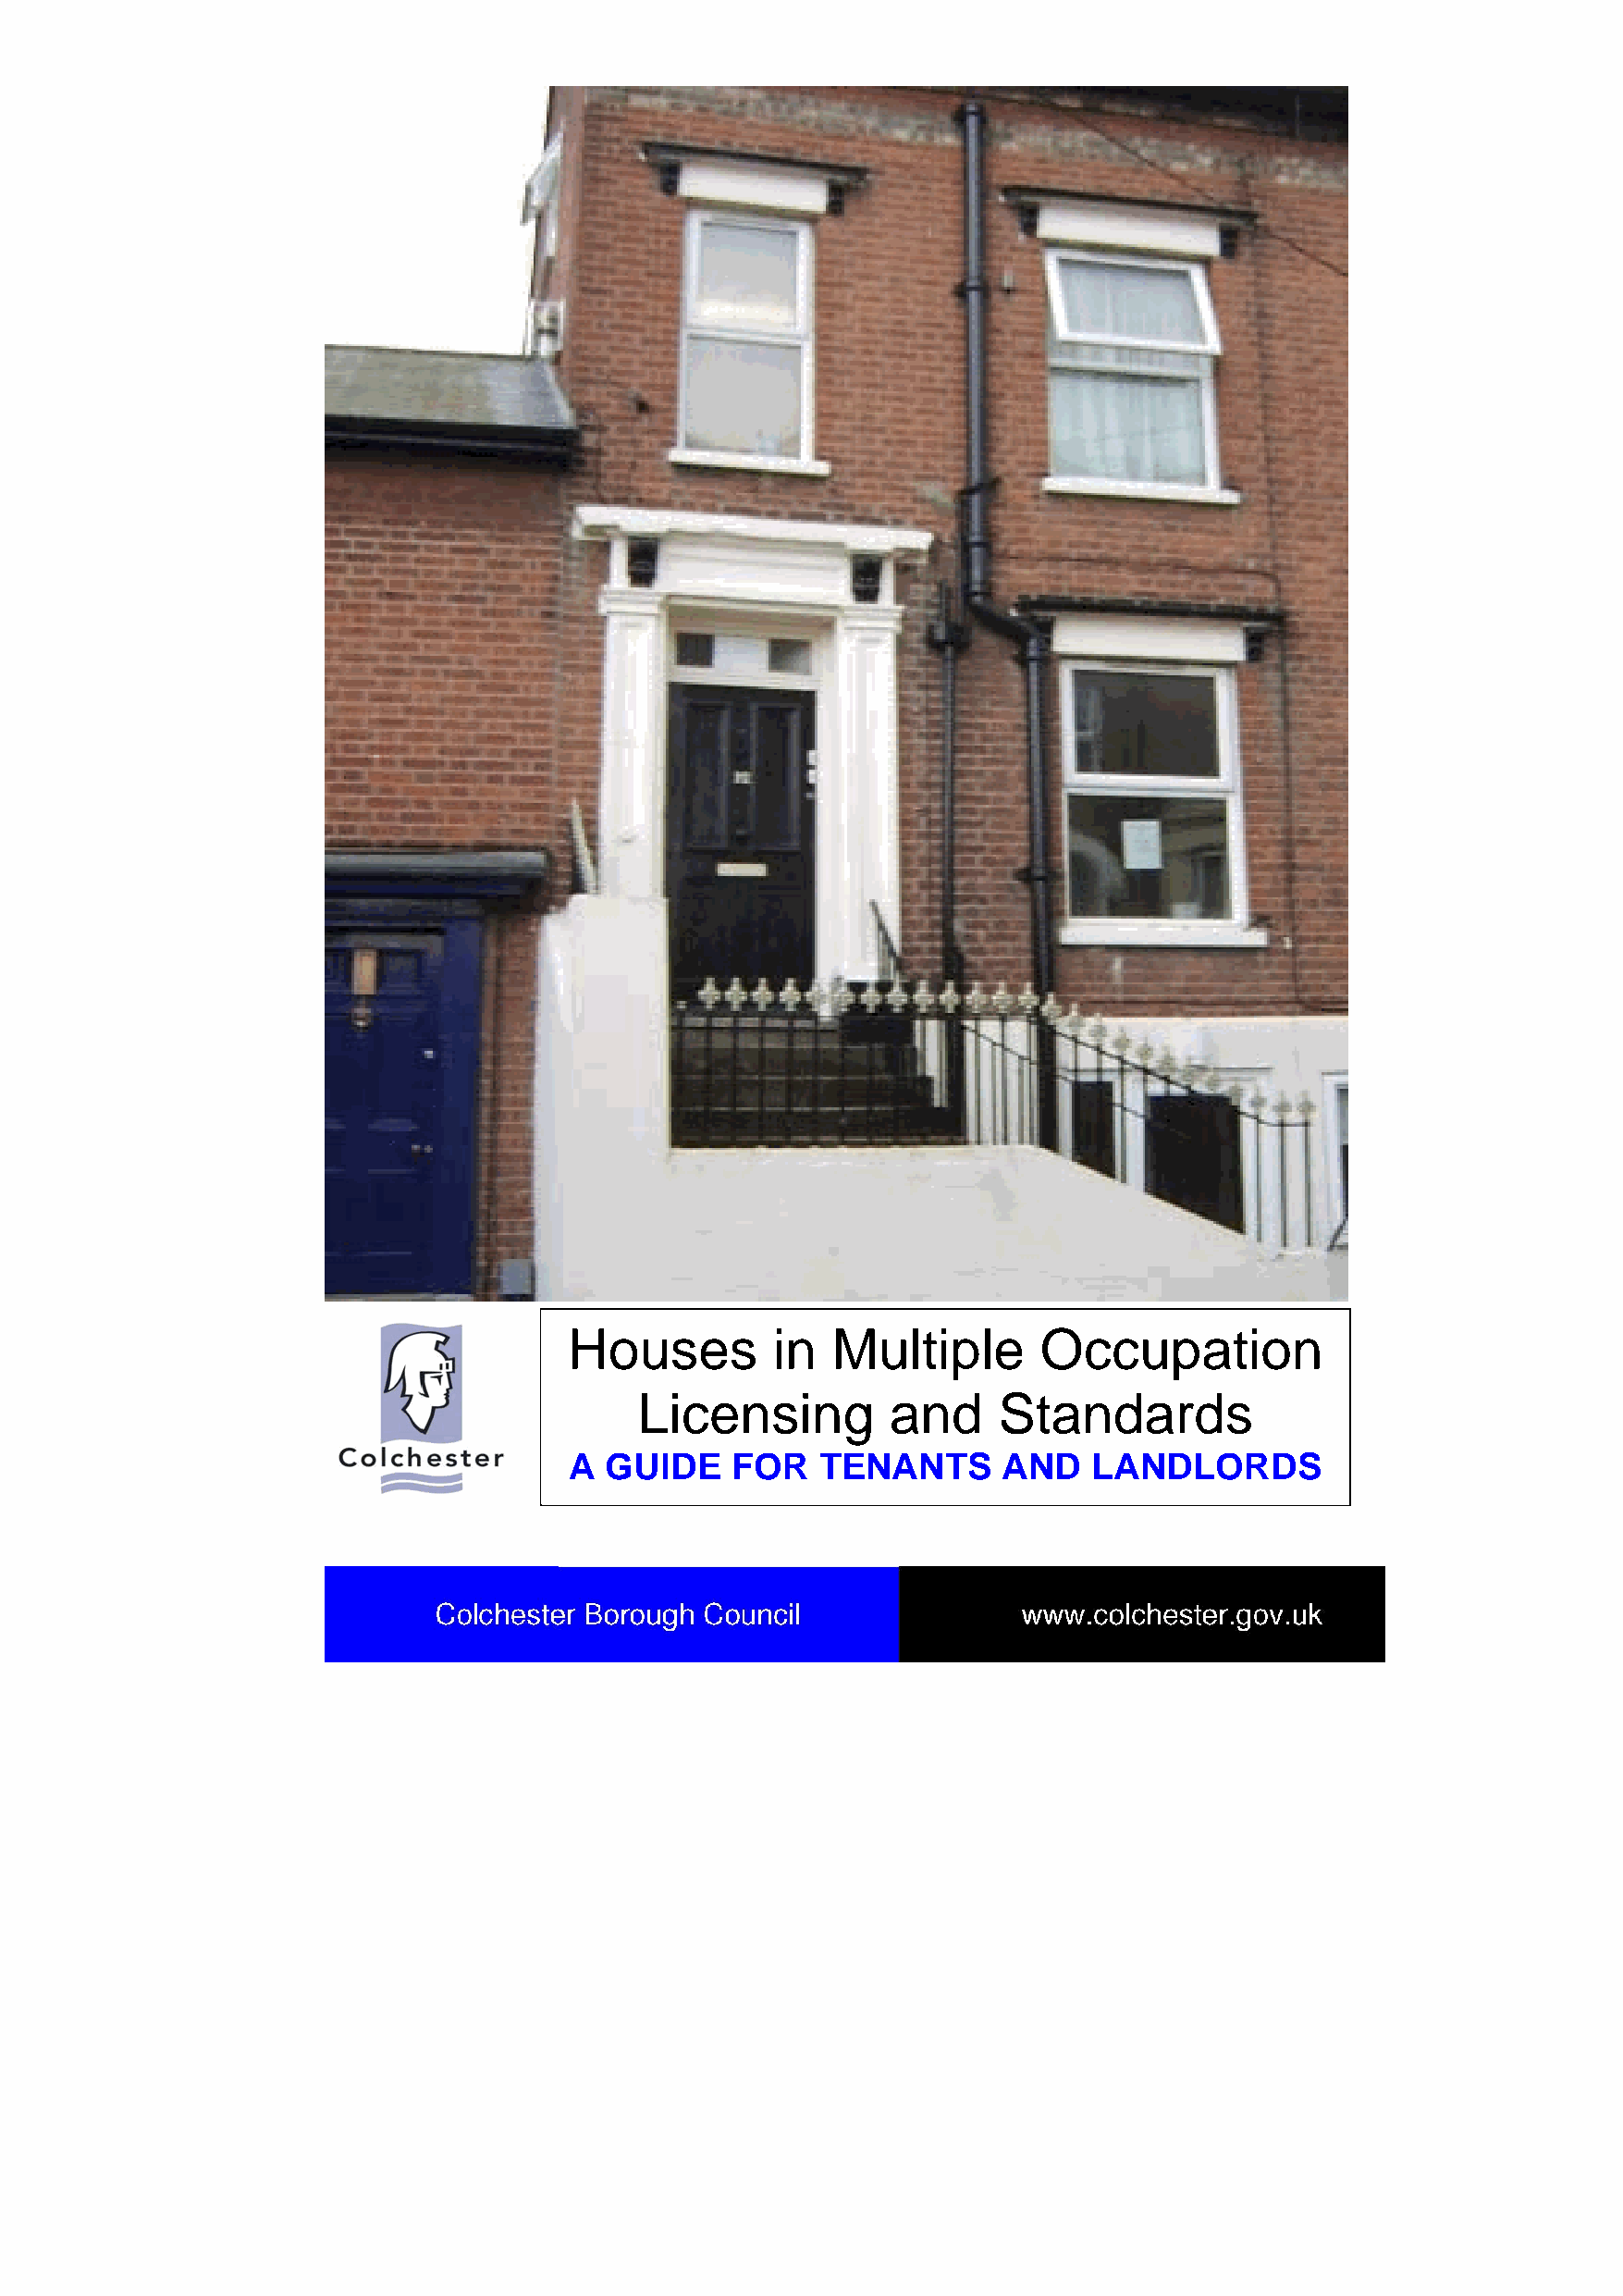
Houses        in   Multiple      Occupation
 Licensing         and    Standards
 A GUIDE    FOR    TENANTS      AND   LANDLORDS